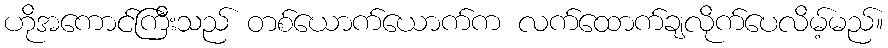
ဟိုအကောင်ကြီးသည် တစ်ယောက်ယောက်က လက်ထောက်ချလိုက်ပေလိမ့်မည်။